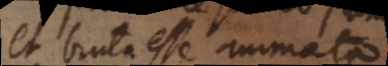
et bruta esse animata,